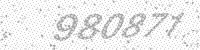
Solution: 980871